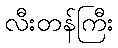
လီးတန်ကြီး